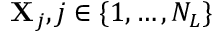
\mathbf { { X } } _ { j } , j \in \{ 1 , \ldots , N _ { L } \}